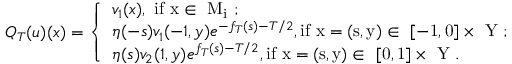
Q _ { T } ( { u } ) ( x ) = \left\{ \begin{array} { l l } { v _ { 1 } ( x ) , \mathrm { ~ i f ~ x \in ~ M _ i ~ ; } } \\ { \eta ( - s ) v _ { 1 } ( - 1 , y ) e ^ { - f _ { T } ( s ) - T / 2 } , \mathrm { i f ~ x = ( s , y ) \in ~ [ - 1 , 0 ] \times ~ Y ~ ; } } \\ { \eta ( s ) v _ { 2 } ( 1 , y ) e ^ { f _ { T } ( s ) - T / 2 } , \mathrm { i f ~ x = ( s , y ) \in ~ [ 0 , 1 ] \times ~ Y ~ . } } \end{array} \right.